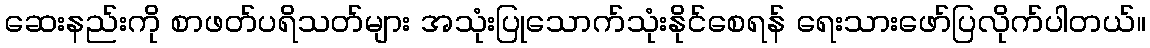
ဆေးနည်းကို စာဖတ်ပရိသတ်များ အသုံးပြုသောက်သုံးနိုင်စေရန် ရေးသားဖော်ပြလိုက်ပါတယ်။